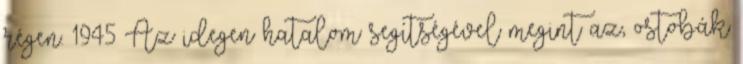
régen. 1945 Az idegen hatalom segítségével megint az, ostobák